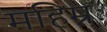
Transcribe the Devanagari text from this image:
महिम्नः